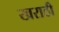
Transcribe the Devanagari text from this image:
खराठी